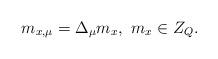
LaTeX: \begin{align*}m_{x, \mu} = \Delta_\mu m_x , \, \, m_x \in Z_Q. \end{align*}